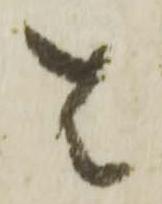
は